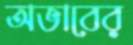
অভাবের